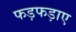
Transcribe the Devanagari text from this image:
फड़फड़ाए